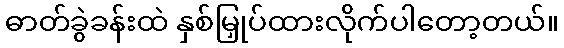
ဓာတ်ခွဲခန်းထဲ နှစ်မြှုပ်ထားလိုက်ပါတော့တယ်။